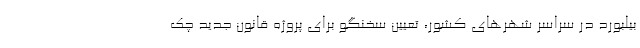
بيلبورد در سراسر شهرهاي كشور، تعيين سخنگو براي پروژه قانون جديد چك